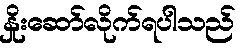
နှိုးဆော်လိုက်ရပါသည်